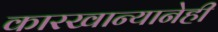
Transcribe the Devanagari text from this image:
कारखान्यानेही